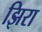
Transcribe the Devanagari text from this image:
झिरा